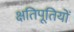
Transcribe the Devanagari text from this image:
क्षतिपूतियों